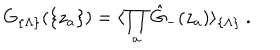
G _ { \{ \Lambda \} } ( \{ z _ { a } \} ) = \langle \prod _ { a } { \hat { G } } _ { - } ( z _ { a } ) \rangle _ { \{ \Lambda \} } \ .